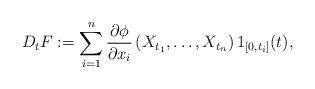
LaTeX: \begin{align*}D_tF:=\sum_{i=1}^n\frac{\partial\phi}{\partial x_i}\left( X_{t_1}, \dots, X_{t_n}\right) 1_{[0,t_i]}(t),\, \end{align*}